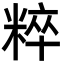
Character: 粹